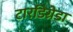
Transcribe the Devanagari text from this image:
टारडिग्रेडा